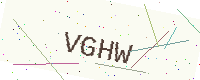
Text: VGHW